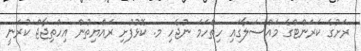
ރަށުގެ ކަރަންޓްގެ މައްސަލާގައި ހިތްހަމަ ނުޖެހި މ. ކޮޅުފުށި ރައްޔިތުން އިހްތިޖާޖް ކުރަނީ